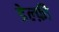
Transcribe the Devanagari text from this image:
डेल्फ़ी